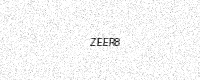
Text: ZEER8